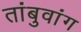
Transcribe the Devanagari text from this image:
तांबुवांग